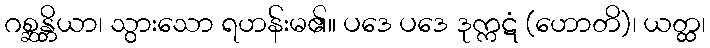
ဂစ္ဆန္တိယာ၊ သွားသော ရဟန်းမ၏။ ပဒေ ပဒေ ဒုက္ကဋံ (ဟောတိ)၊ ယတ္ထ၊